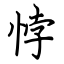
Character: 悖